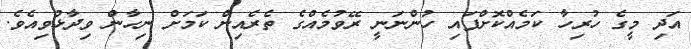
އަދި މީގެ ހުރިހާ ކަމެއްކޮށްފައި ހުންނަނީ ރޭވުމެއްގެ ތެެރެއިން ކަމަށް ނިހާން ވިދާޅުވިއެވެ.